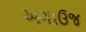
અગાઉજ